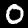
Label: 0